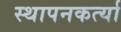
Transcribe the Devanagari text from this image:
स्थापनकर्त्या